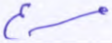
مسرع